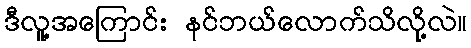
ဒီလူ့အကြောင်း နင်ဘယ်လောက်သိလို့လဲ။